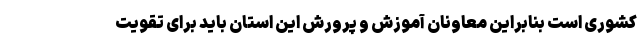
کشوری است بنابراین معاونان آموزش و پرورش این استان باید برای تقویت